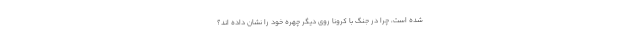
شده است، چرا در جنگ با كرونا روي ديگر چهره خود را نشان داده اند؟